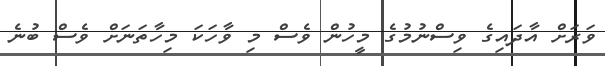
ވަރަށް އާދައިގެ ވިސްނުމުގެ މީހުން ވެސް މި ވާހަކަ މިހާތަނަށް ވެސް ބުނެ